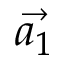
\vec { a _ { 1 } }